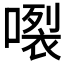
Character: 𱔗